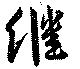
継